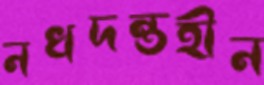
নখদন্তহীন